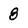
Character: 8